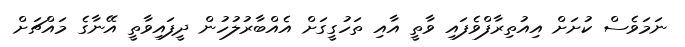
ނަމަވެސް ކުށަށް އިއުތިރާފްވެފައި ވާތީ އާއި ތަހުގީގަށް އެއްބާރުލުހުން ދީފައިވާތީ އޭނާގެ މައްޗަށް